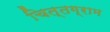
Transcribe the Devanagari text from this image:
चित्तग्राम